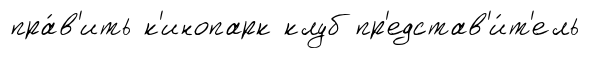
пра́в'ить к'инопарк клуб пр'едстав'и́т'ель